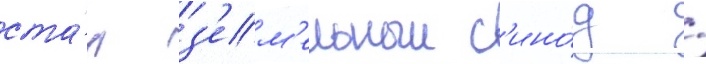
ста́л з'ем'ельныи с'ино́д /